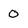
Character: 0